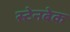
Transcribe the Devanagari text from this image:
स्टेनबेक